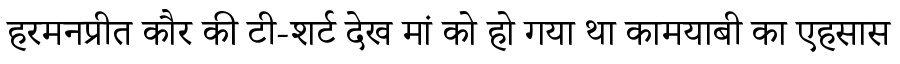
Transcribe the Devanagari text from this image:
हरमनप्रीत कौर की टी-शर्ट देख मां को हो गया था कामयाबी का एहसास